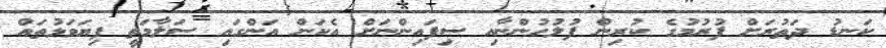
ކަނޑު ދަތުރަށް ފުރުމުގެ ކުރިން ފުލުހުންނާއި ސިފައިންނަށް އެކަން އަންގައި ސަލާމަތީ ފިޔަވަޅުތައް